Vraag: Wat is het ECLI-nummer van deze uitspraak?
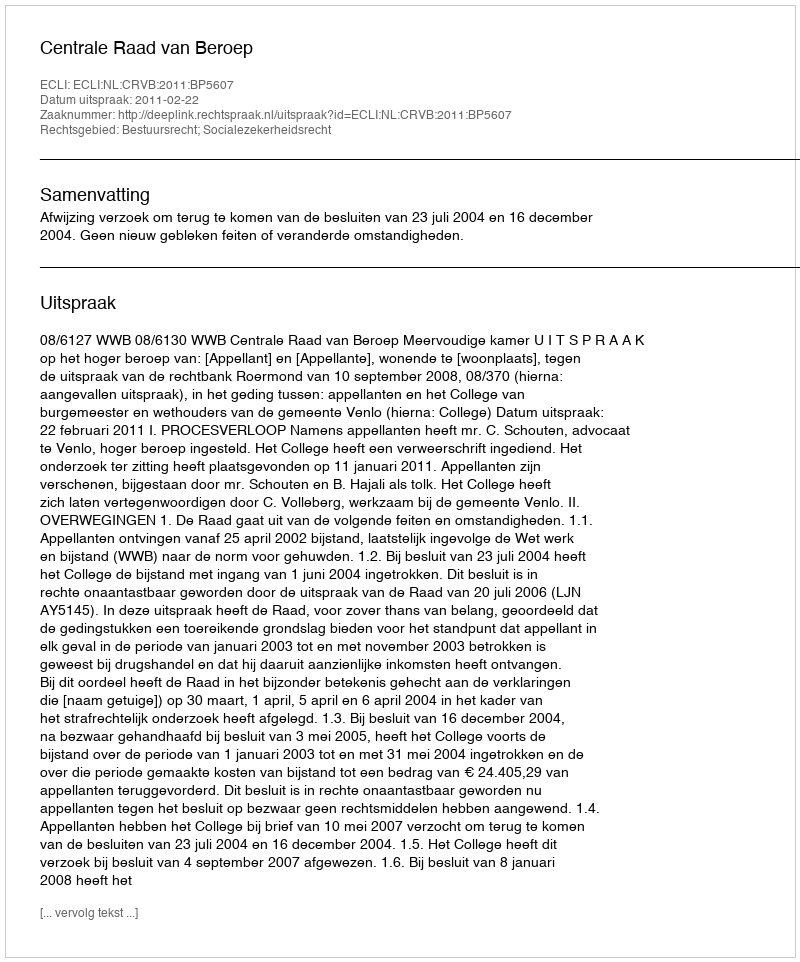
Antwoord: ECLI:NL:CRVB:2011:BP5607